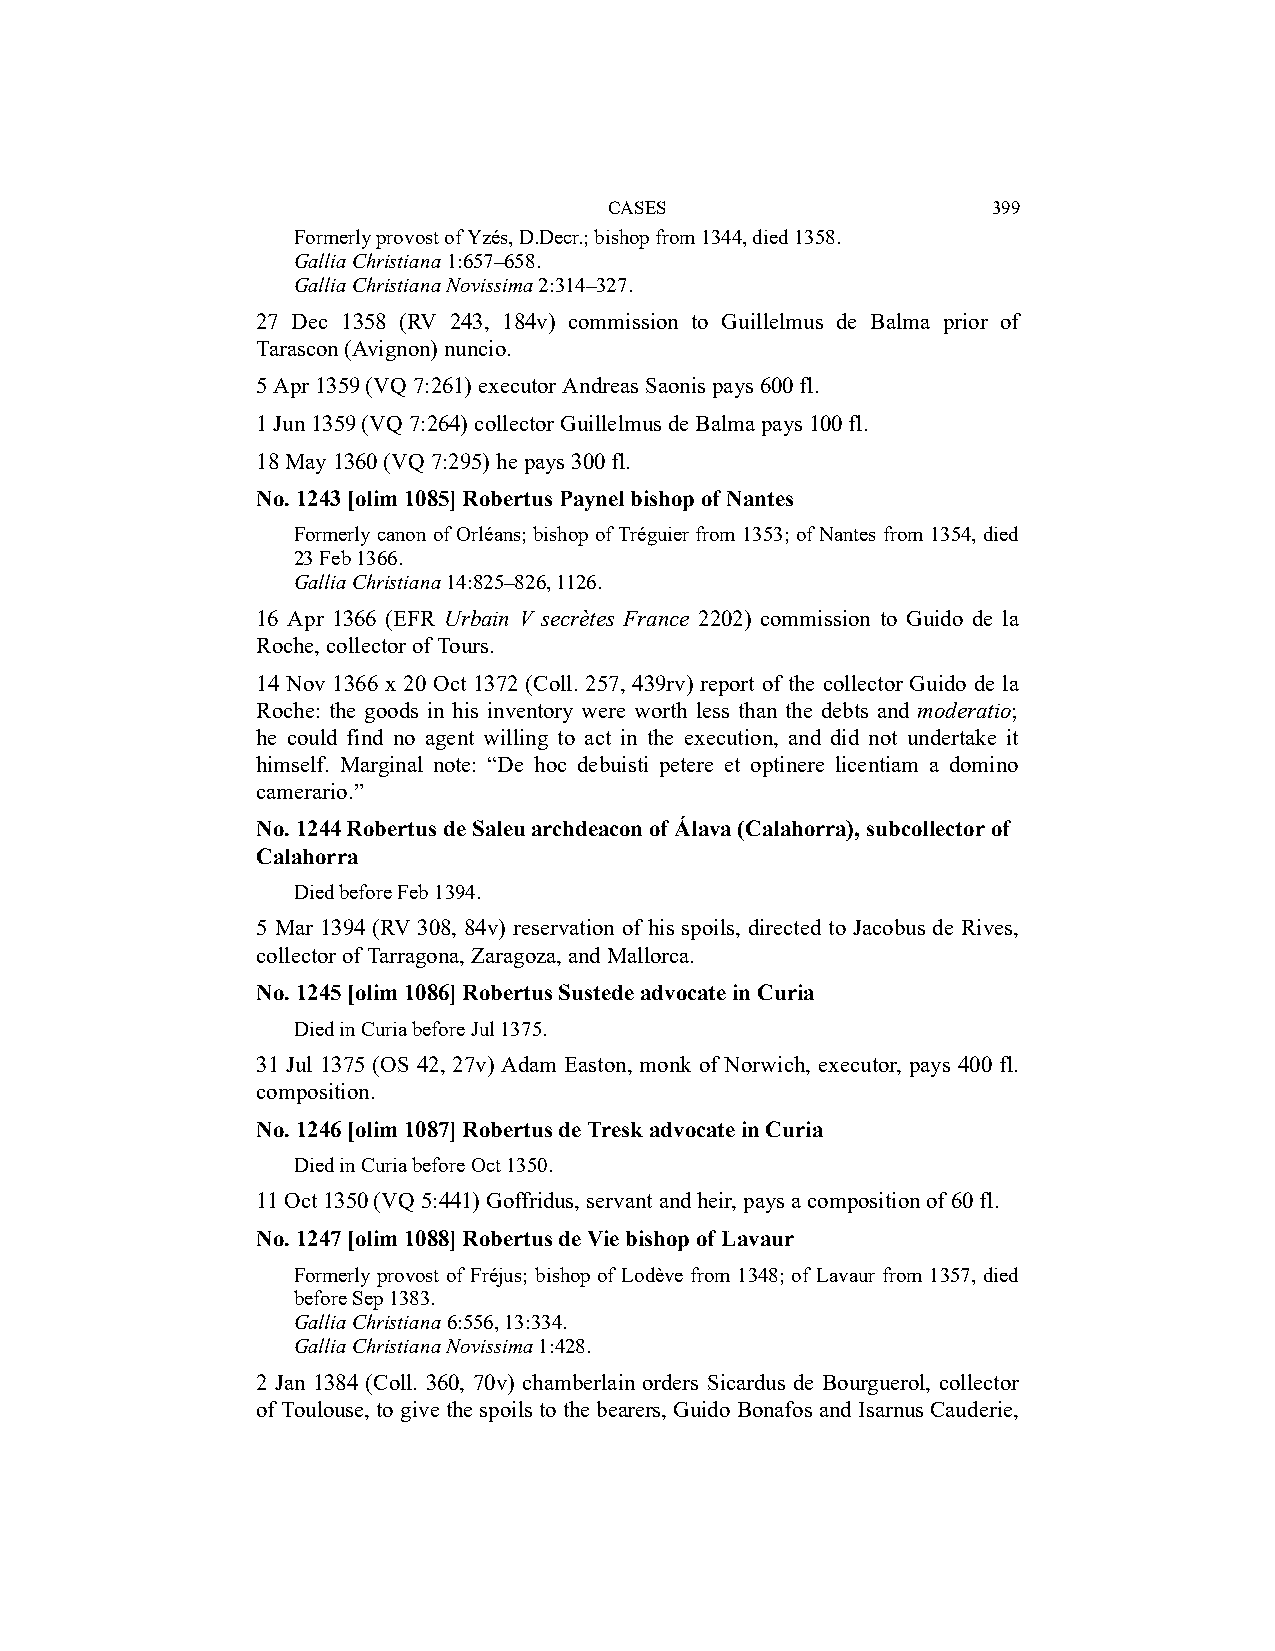
CASES                     399
 Formerly provost of Yzés, D.Decr.; bishop from 1344, died 1358.
 Gallia Christiana 1:657–658.
 Gallia Christiana Novissima 2:314–327.
 27 Dec 1358 (RV 243, 184v) commission to Guillelmus de Balma prior of
 Tarascon (Avignon) nuncio.
 5 Apr 1359 (VQ 7:261) executor Andreas Saonis pays 600 fl.
 1 Jun 1359 (VQ 7:264) collector Guillelmus de Balma pays 100 fl.
 18 May 1360 (VQ 7:295) he pays 300 fl.
 No. 1243 [olim 1085] Robertus Paynel bishop of Nantes
 Formerly canon of Orléans; bishop of Tréguier from 1353; of Nantes from 1354, died
 23 Feb 1366.
 Gallia Christiana 14:825–826, 1126.
 16 Apr 1366 (EFR Urbain V secrètes France 2202) commission to Guido de la
 Roche, collector of Tours.
 14 Nov 1366 x 20 Oct 1372 (Coll. 257, 439rv) report of the collector Guido de la
 Roche: the goods in his inventory were worth less than the debts and moderatio;
 he could find no agent willing to act in the execution, and did not undertake it
 himself. Marginal note: “De hoc debuisti petere et optinere licentiam a domino
 camerario.”
 No. 1244 Robertus de Saleu archdeacon of Álava (Calahorra), subcollector of
 Calahorra
 Died before Feb 1394.
 5 Mar 1394 (RV 308, 84v) reservation of his spoils, directed to Jacobus de Rives,
 collector of Tarragona, Zaragoza, and Mallorca.
 No. 1245 [olim 1086] Robertus Sustede advocate in Curia
 Died in Curia before Jul 1375.
 31 Jul 1375 (OS 42, 27v) Adam Easton, monk of Norwich, executor, pays 400 fl.
 composition.
 No. 1246 [olim 1087] Robertus de Tresk advocate in Curia
 Died in Curia before Oct 1350.
 11 Oct 1350 (VQ 5:441) Goffridus, servant and heir, pays a composition of 60 fl.
 No. 1247 [olim 1088] Robertus de Vie bishop of Lavaur
 Formerly provost of Fréjus; bishop of Lodève from 1348; of Lavaur from 1357, died
 before Sep 1383.
 Gallia Christiana 6:556, 13:334.
 Gallia Christiana Novissima 1:428.
 2 Jan 1384 (Coll. 360, 70v) chamberlain orders Sicardus de Bourguerol, collector
 of Toulouse, to give the spoils to the bearers, Guido Bonafos and Isarnus Cauderie,